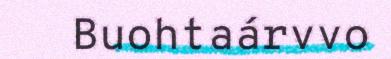
Buohtaárvvo